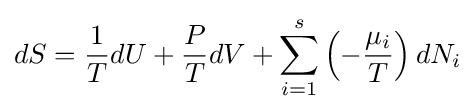
dS={\frac {1}{T}}dU+{\frac {P}{T}}dV+\sum _{i=1}^{s}\left(-{\frac {\mu _{i}}{T}}\right)dN_{i}